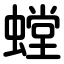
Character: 螳